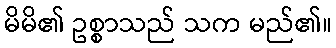
မိမိ၏ ဥစ္စာသည် သက မည်၏။